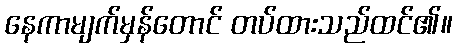
နေကာမျက်မှန်တောင် တပ်ထားသည်ထင်၏။